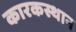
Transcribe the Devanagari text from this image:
कारकस्थान